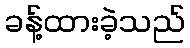
ခန့်ထားခဲ့သည်